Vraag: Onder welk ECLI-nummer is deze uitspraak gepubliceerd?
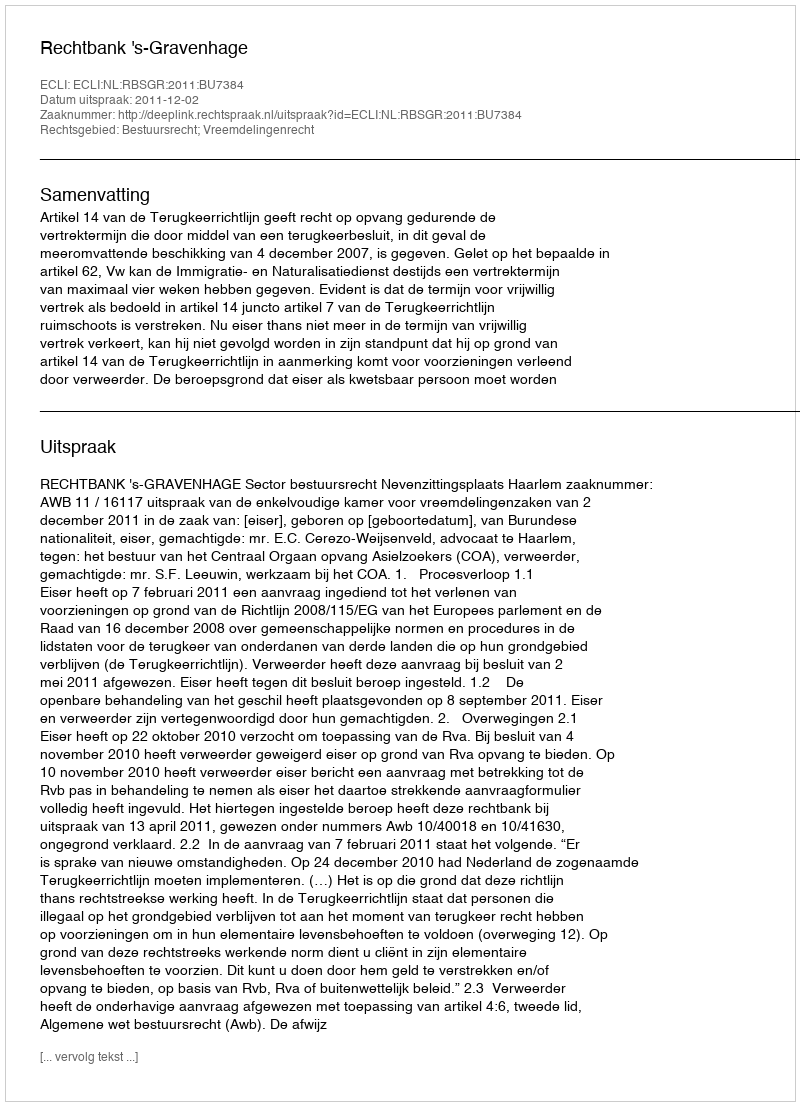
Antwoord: ECLI:NL:RBSGR:2011:BU7384